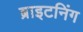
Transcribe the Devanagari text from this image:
ब्राइटनिंग